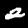
Digit: 2